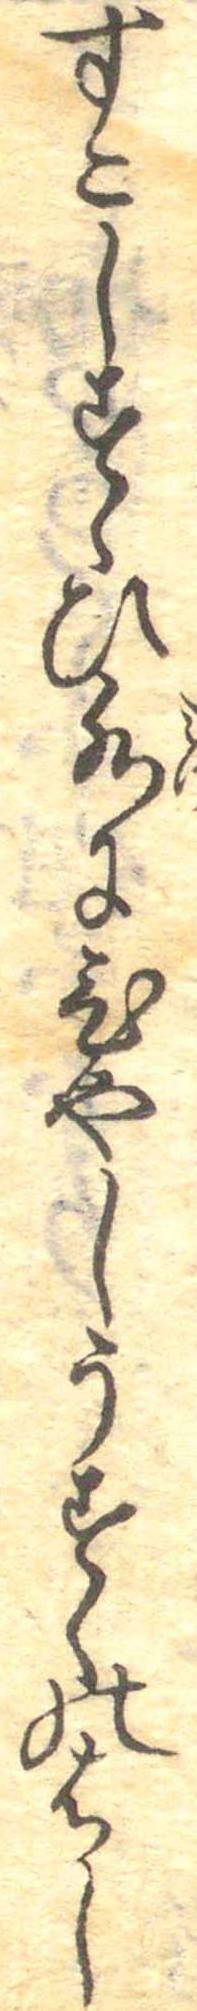
すこしすくひ水にひやしうすくのはし